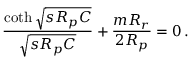
\frac { \coth \sqrt { s R _ { p } C } } { \sqrt { s R _ { p } C } } + \frac { m R _ { r } } { 2 R _ { p } } = 0 \, .